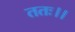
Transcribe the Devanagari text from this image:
ततः।।